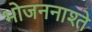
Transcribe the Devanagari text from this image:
भोजननाश्ते